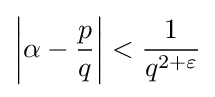
\left|\alpha -{\frac {p}{q}}\right|<{\frac {1}{q^{2+\varepsilon }}}